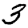
Digit: 3